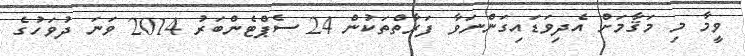
ވީމާ މި މަޤާމަށް އެދިވަޑައިގަންނަވާ ފަރާތްތަކުން 24 ސެޕްޓެންބަރު 2014 ވަނަ ދުވަހުގެ